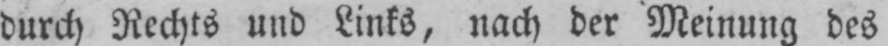
durch Rechts und Links, nach der Meinung des